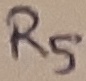
Text: R5